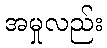
အမှုလည်း